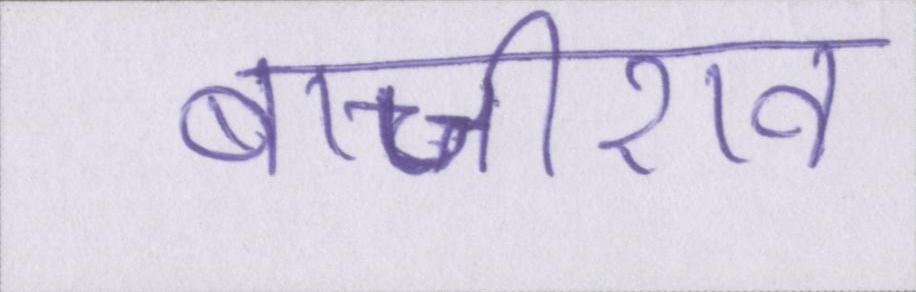
बाजीराव